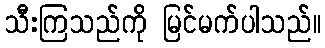
သီးကြသည်ကို မြင်မက်ပါသည်။